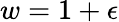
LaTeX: w=1+\epsilon